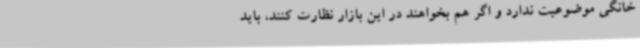
خانگی موضوعیت ندارد و اگر هم بخواهند در این بازار نظارت کنند، باید